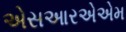
એસઆરએએમ